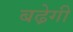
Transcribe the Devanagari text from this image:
बढे़गी